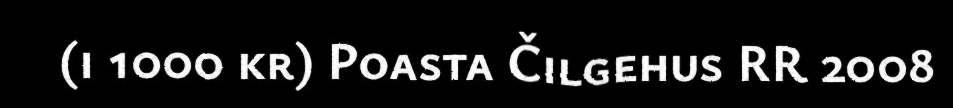
(i 1000 kr) Poasta Čilgehus RR 2008